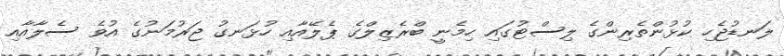
ލަނޑުޖެހި ކުޅުންތެރިންގެ ލިސްޓުގައި ހިމެނީ ބްރެޒިލްގެ ޕެލޭއާއި ހުޅަނގު ޖަރުމަނުގެ އުވެ ސެލާއާއި